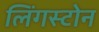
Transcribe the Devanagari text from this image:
लिंगस्टोन